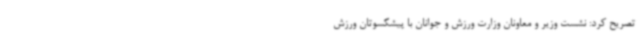
تصریح کرد: نشست وزیر و معاونان وزارت ورزش و جوانان با پیشکسوتان ورزش